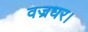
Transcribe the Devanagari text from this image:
वज्रधर।